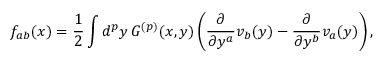
f _ { a b } ( x ) = \frac { 1 } { 2 } \int d ^ { p } y \, G ^ { ( p ) } ( x , y ) \left( \frac { \partial } { \partial y ^ { a } } v _ { b } ( y ) - \frac { \partial } { \partial y ^ { b } } v _ { a } ( y ) \right) ,